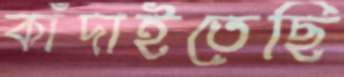
কাঁদাইতেছি